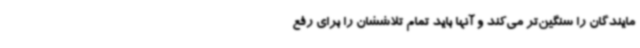
مایندگان را سنگین‌تر می‌کند و آنها باید تمام تلاششان را برای رفع